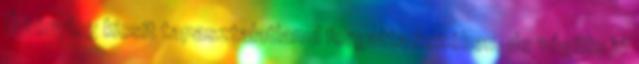
Ő tényleg kicsit tapasztalatlanul forgatta kezében, de végülis jó